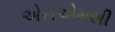
એસએમસી